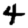
Digit: 4